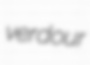
verdour